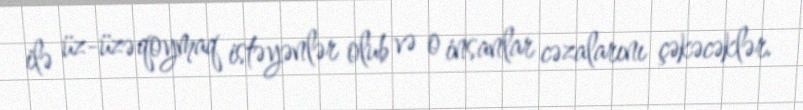
ilə üz-üzə qoymaq istəyənlər olub və o insanlar cəzalarını çəkəcəklər.